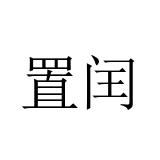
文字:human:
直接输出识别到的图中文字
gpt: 置闰